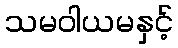
သမဝါယမနှင့်